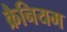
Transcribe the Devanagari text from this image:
क्रैनियम